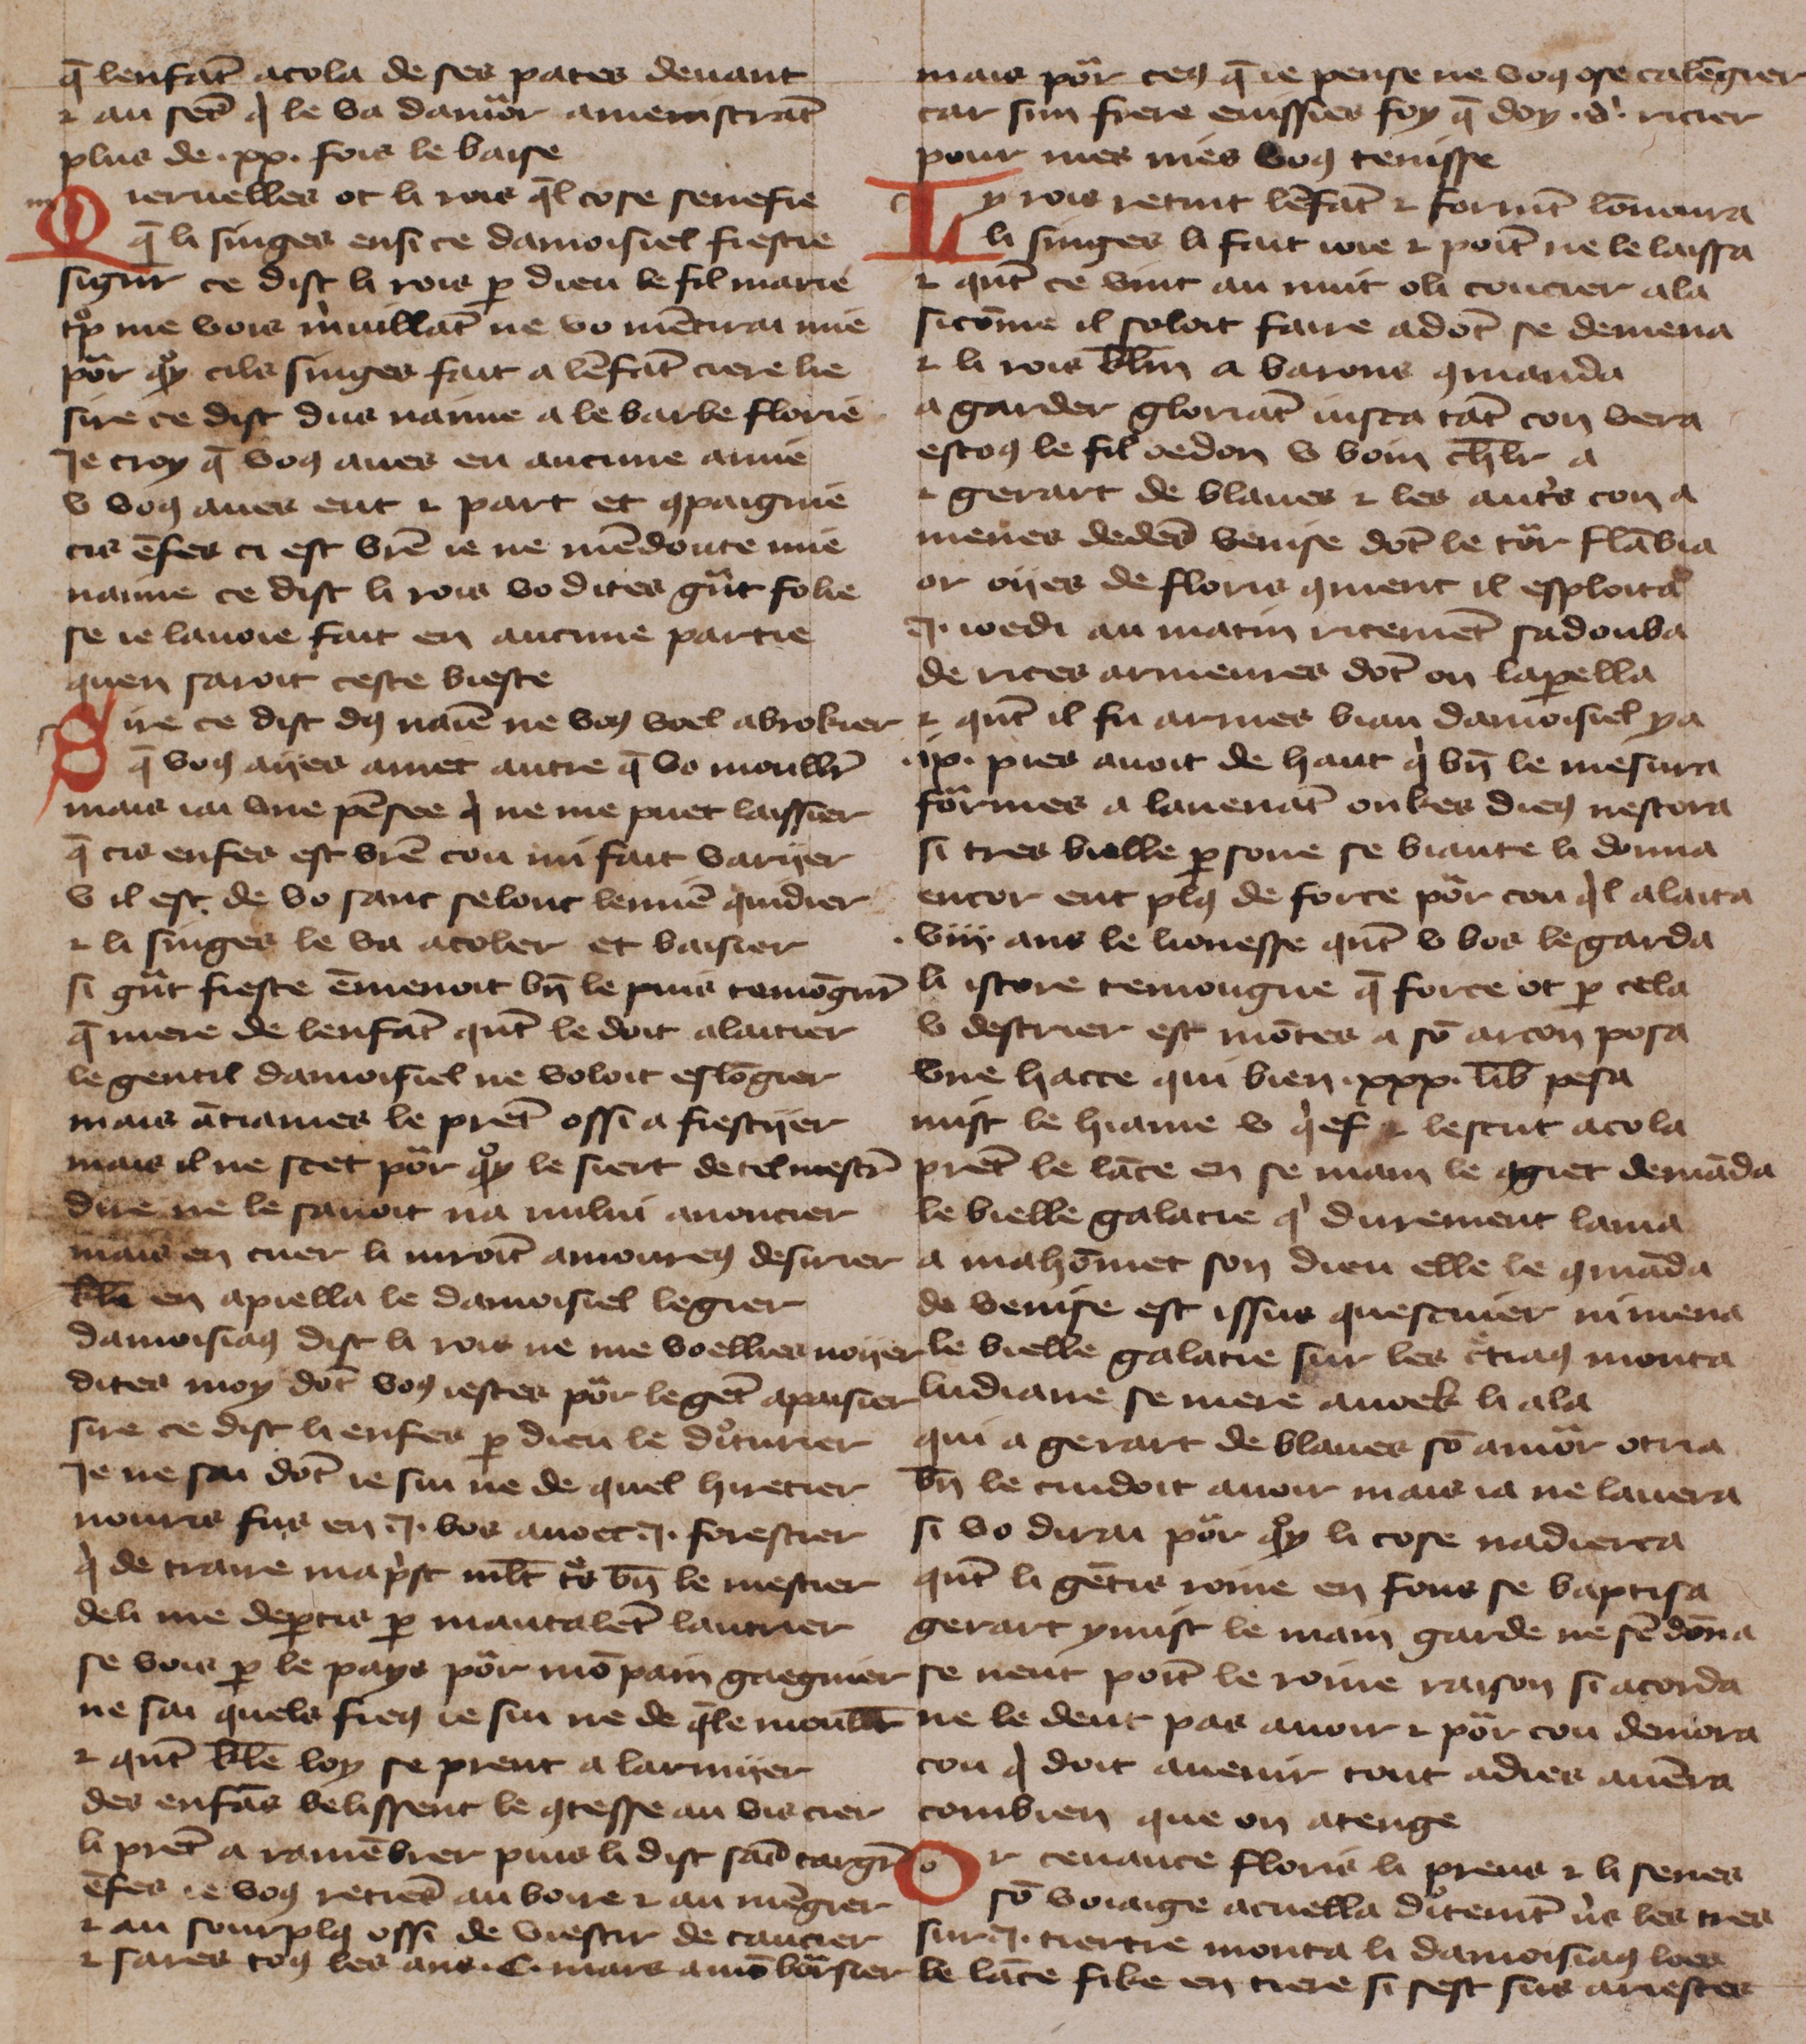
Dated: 1425–1425